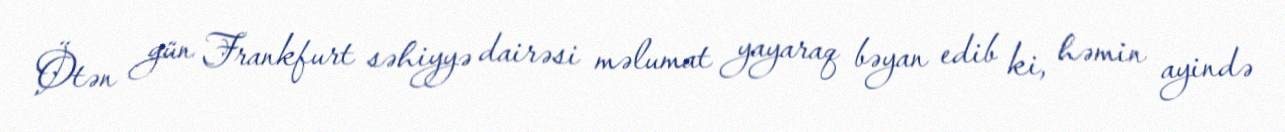
Ötən gün Frankfurt səhiyyə dairəsi məlumat yayaraq bəyan edib ki, həmin ayində